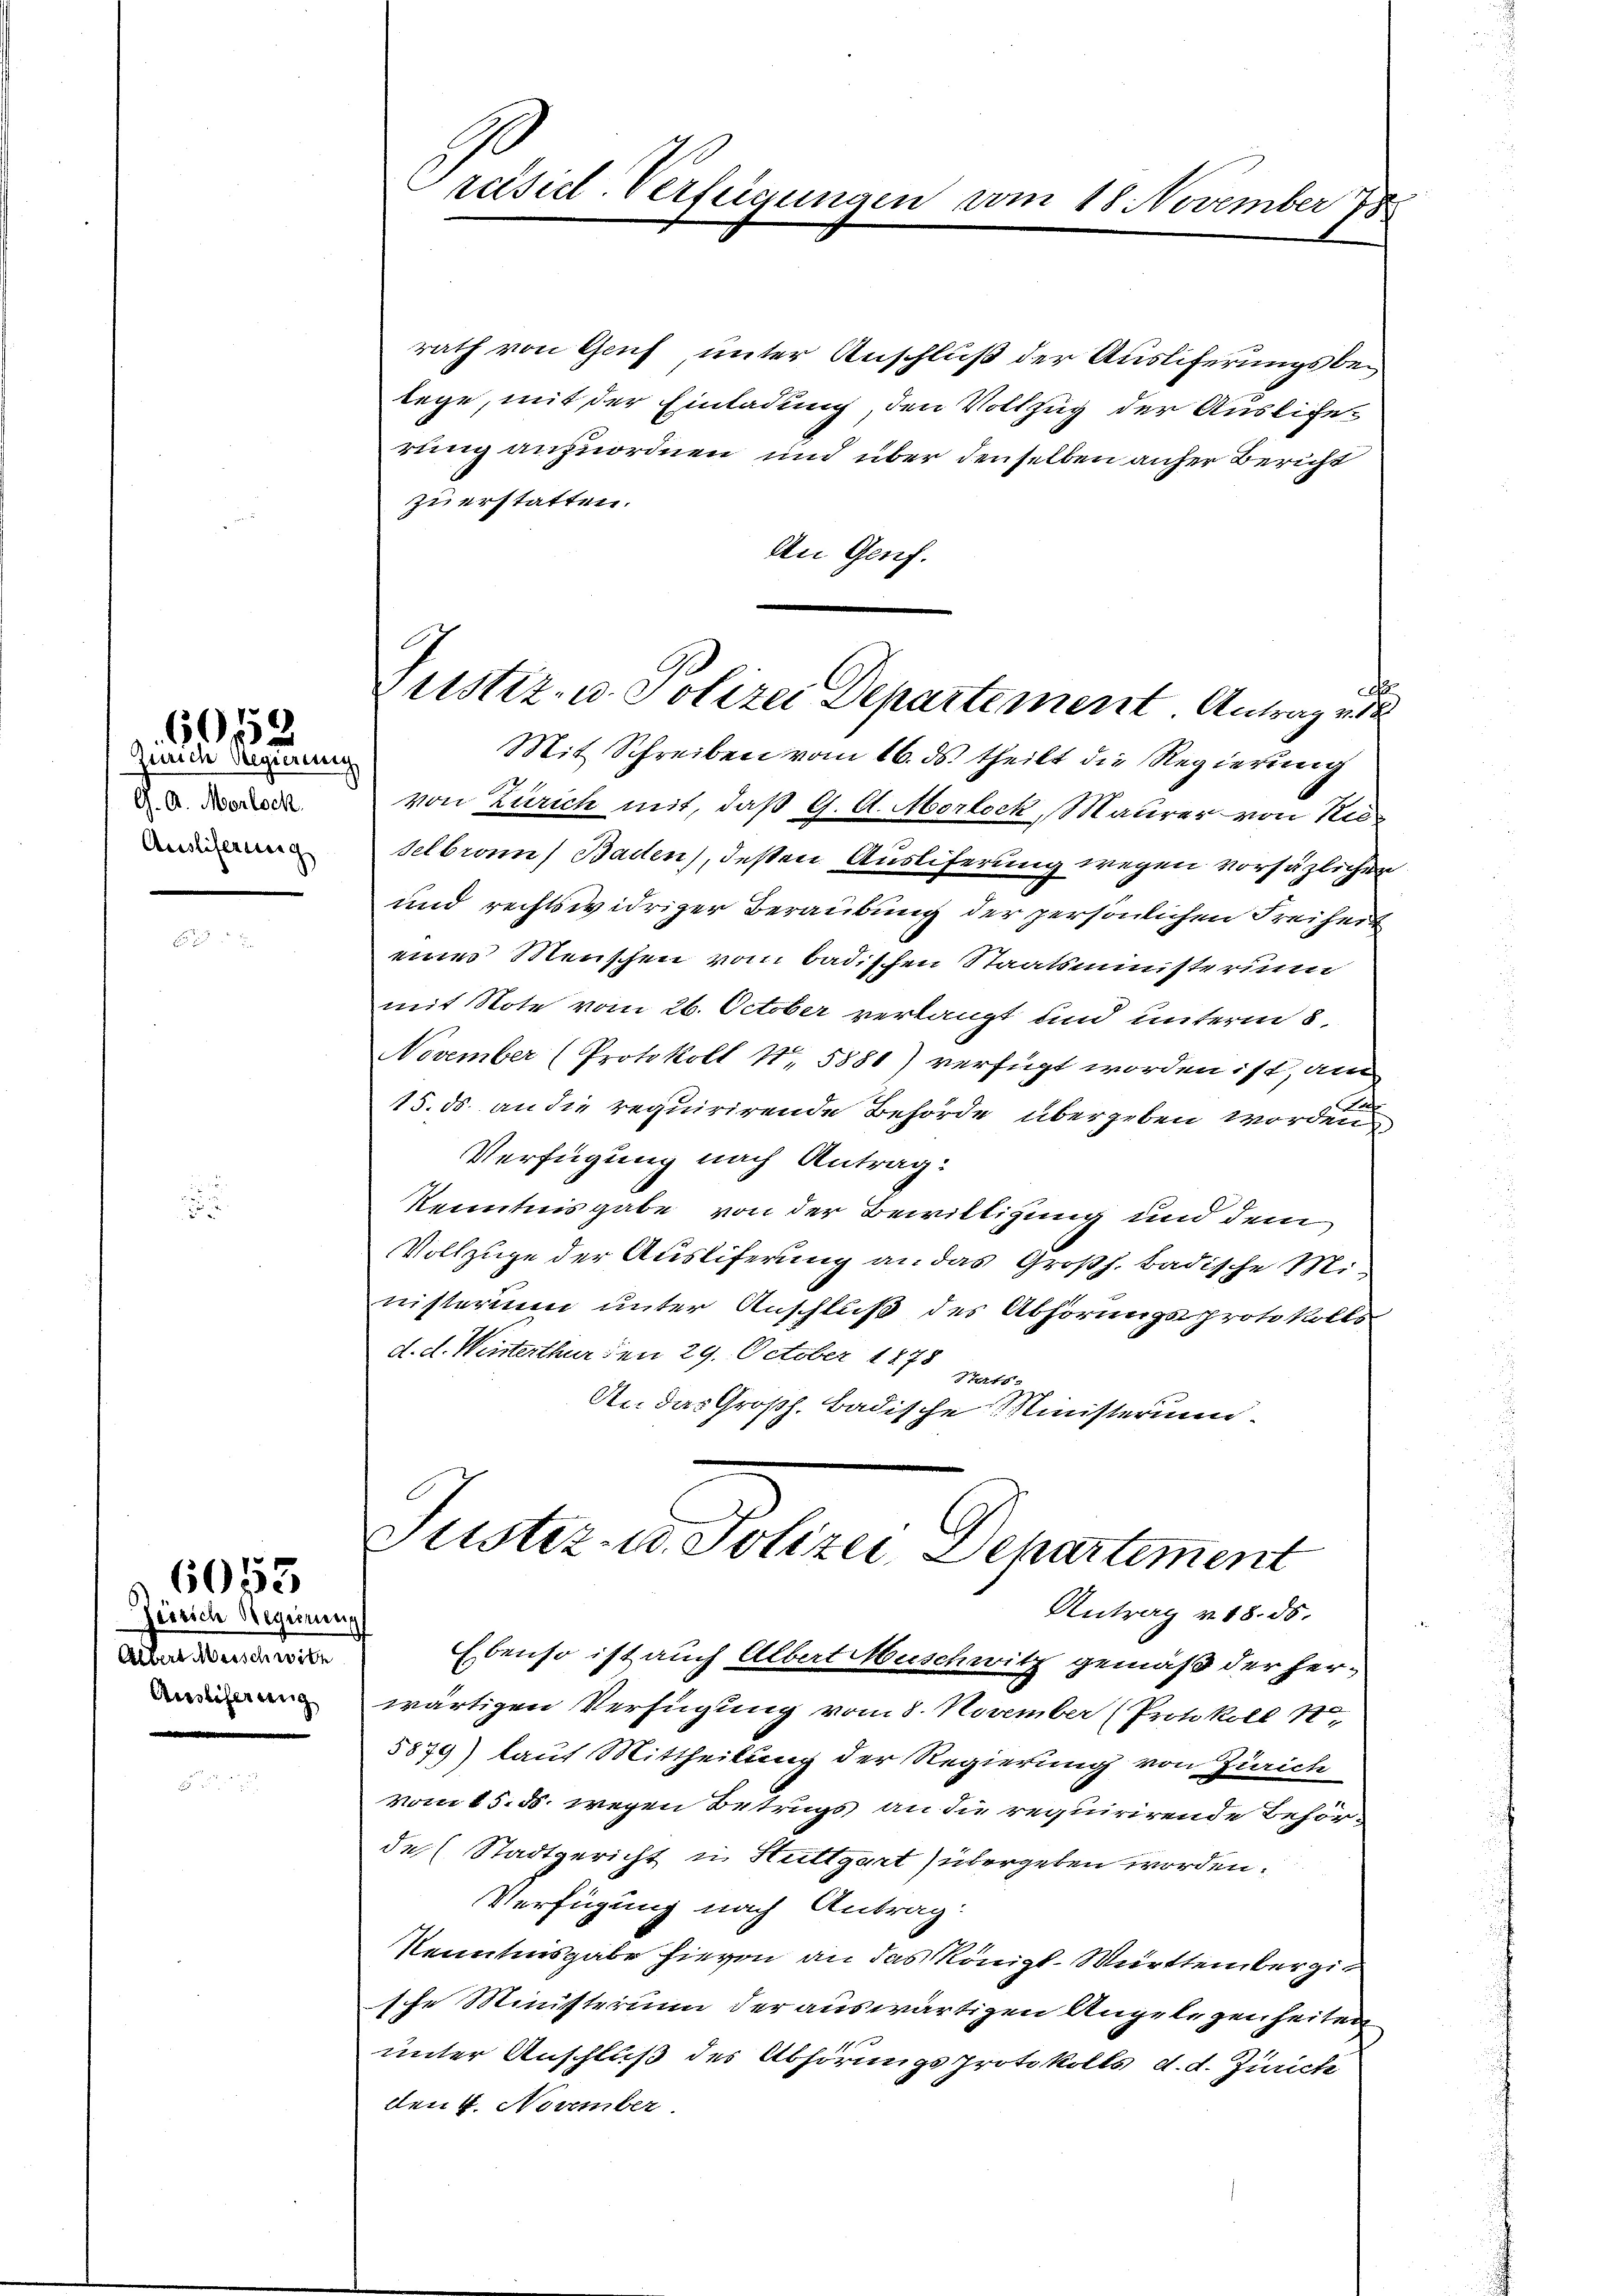
Zürich Regierung
G. A. Morlock
Ausliferung

602

Zürich Regierung
Alvere Meisch wile
Auslicherung

6053

räisidl-Verfügungen vom 18. November 788

rath von Genf unter Anschluß der Ausliferungsbelege, mit der Einladung, den Vollzug der Auslierung anzuordnen und über denselben anher Bericht
zu erstatten.
An Genf.
Mit Schreiben vom 16. ds. theilt die Regierung
von Zürich mit, daß G. A. Morlock, Maurer von Rie¬
Selbron) Baden), deßen Ausliferung wegen vorsäzlichen
und rechtswidriger Beraubung der persönlichen Freiheit
eines Menschen vom badischen Staatsministerium
mit Note vom 26. October verlangt und unterm 8.
November (Protokoll N. 5881) verfügt worden ist, am
Laf
15. ds. an die requirirende Behörde übergeben worden
Verfügung nach Antrag:
Kenntnisgabe von der Bewilligung und dem
Vollzuge der Ausliferung an das Großh. Badische Ministerium unter Anschluß des Abhörungsprotokolls
d. d. Winterthur den 29. October 1878 sats-
Str. das Großh. Badische Ministerum

Justiz- u. Polizei Departement Antrag v

Justiz- u. Polizei Departement
Antrag v. 18. ds.

Ebenso ist auch Albert Muschwitz gemäß der herwärtigen Verfügung vom 8. November (Protokoll 1
5879) laut Mittheilung der Regierung von Zürich
vom 15. ds. wegen Betrugs an die requirirende Behördes Stadtgericht u Stuttgart übergeben worden.
Verfügung nach Antrag
Kenntnisgabe hievon an das Königl. Württembergit
sche Ministerium der auswärtigen Angelegenheiten
unter Anschluß des Abhörungsprotokolls d. d. Zürich
den 4. November